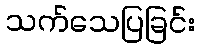
သက်သေပြခြင်း